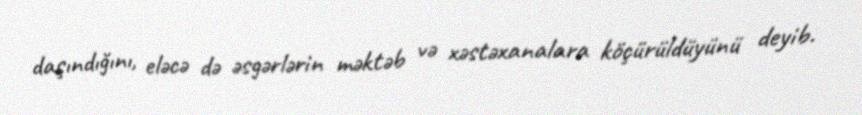
daşındığını, eləcə də əsgərlərin məktəb və xəstəxanalara köçürüldüyünü deyib.